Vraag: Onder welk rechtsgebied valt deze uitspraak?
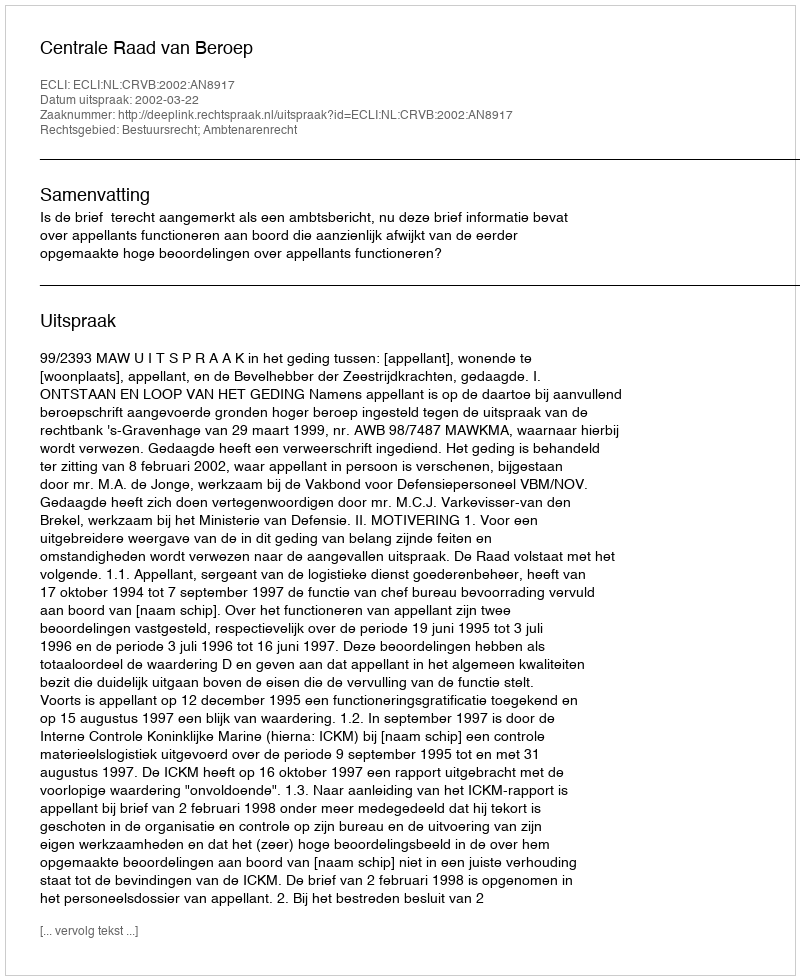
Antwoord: Bestuursrecht; Ambtenarenrecht